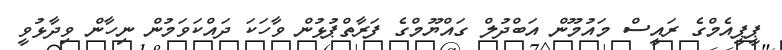
ޕީޕީއެމްގެ ރައީސް މައުމޫން އަބްދުލް ގައްޔޫމްގެ ފަރާތްޕުޅުން ވާހަކަ ދައްކަވަމުން ނިހާން ވިދާޅުވީ